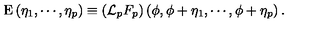
\mathrm { E } \left( \eta _ { 1 } , \cdots , \eta _ { p } \right) \equiv \left( { \cal L } _ { p } F _ { p } \right) \left( \phi , \phi + \eta _ { 1 } , \cdots , \phi + \eta _ { p } \right) .